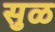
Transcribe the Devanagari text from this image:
सुळ